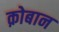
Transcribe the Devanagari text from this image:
क़ोबान